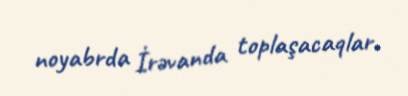
noyabrda İrəvanda toplaşacaqlar.